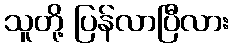
သူတို့ ပြန်လာပြီလား